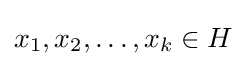
x_{1},x_{2},\dots ,x_{k}\in H